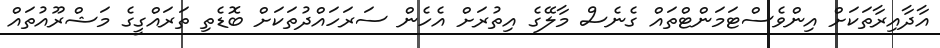
އާދާއިރާތަކަށް އިންވެސްޓަމަންޓްތައް ގެނެސް މާލޭގެ އިތުރަށް އެހެން ސަރަހައްދުތަކަށް ބޮޑެތި ތަރައްގީގެ މަޝްރޫއުތައް